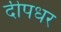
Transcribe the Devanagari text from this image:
दीपधर